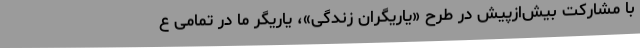
با مشارکت بیش‌ازپیش در طرح «یاریگران زندگی»، یاریگر ما در تمامی ع